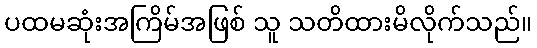
ပထမဆုံးအကြိမ်အဖြစ် သူ သတိထားမိလိုက်သည်။